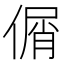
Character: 𠋱